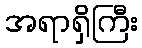
အရာရှိကြီး